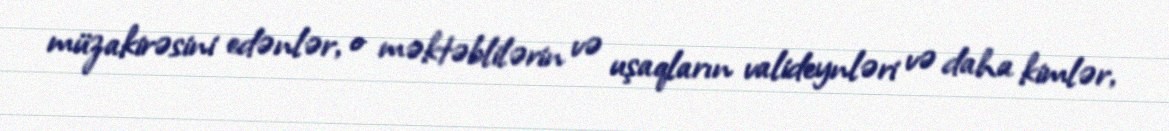
müzakirəsini edənlər, o məktəblilərin və uşaqların valideynləri və daha kimlər,